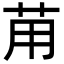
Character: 苚